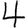
Digit: 4